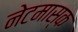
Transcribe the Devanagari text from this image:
नेटमास्क